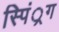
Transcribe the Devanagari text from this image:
स्पिं्रग